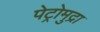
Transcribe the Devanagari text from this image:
पेट्रोमुद्रा